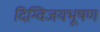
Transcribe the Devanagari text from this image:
दिग्विजयभूषण